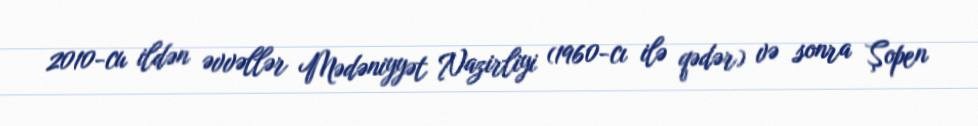
2010-cu ildən əvvəllər Mədəniyyət Nazirliyi (1960-cı ilə qədər) və sonra Şopen